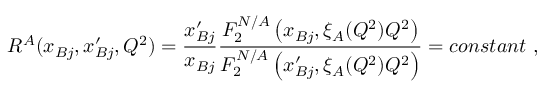
R ^ { A } ( x _ { B j } , x _ { B j } ^ { \prime } , Q ^ { 2 } ) = { \frac { x _ { B j } ^ { \prime } } { x _ { B j } } } { \frac { F _ { 2 } ^ { N / A } \left( x _ { B j } , \xi _ { A } ( Q ^ { 2 } ) Q ^ { 2 } \right) } { F _ { 2 } ^ { N / A } \left( x _ { B j } ^ { \prime } , \xi _ { A } ( Q ^ { 2 } ) Q ^ { 2 } \right) } } = c o n s t a n t ~ ,